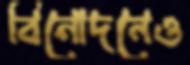
বিনোদনেও